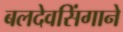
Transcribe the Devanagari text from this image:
बलदेवसिंगाने